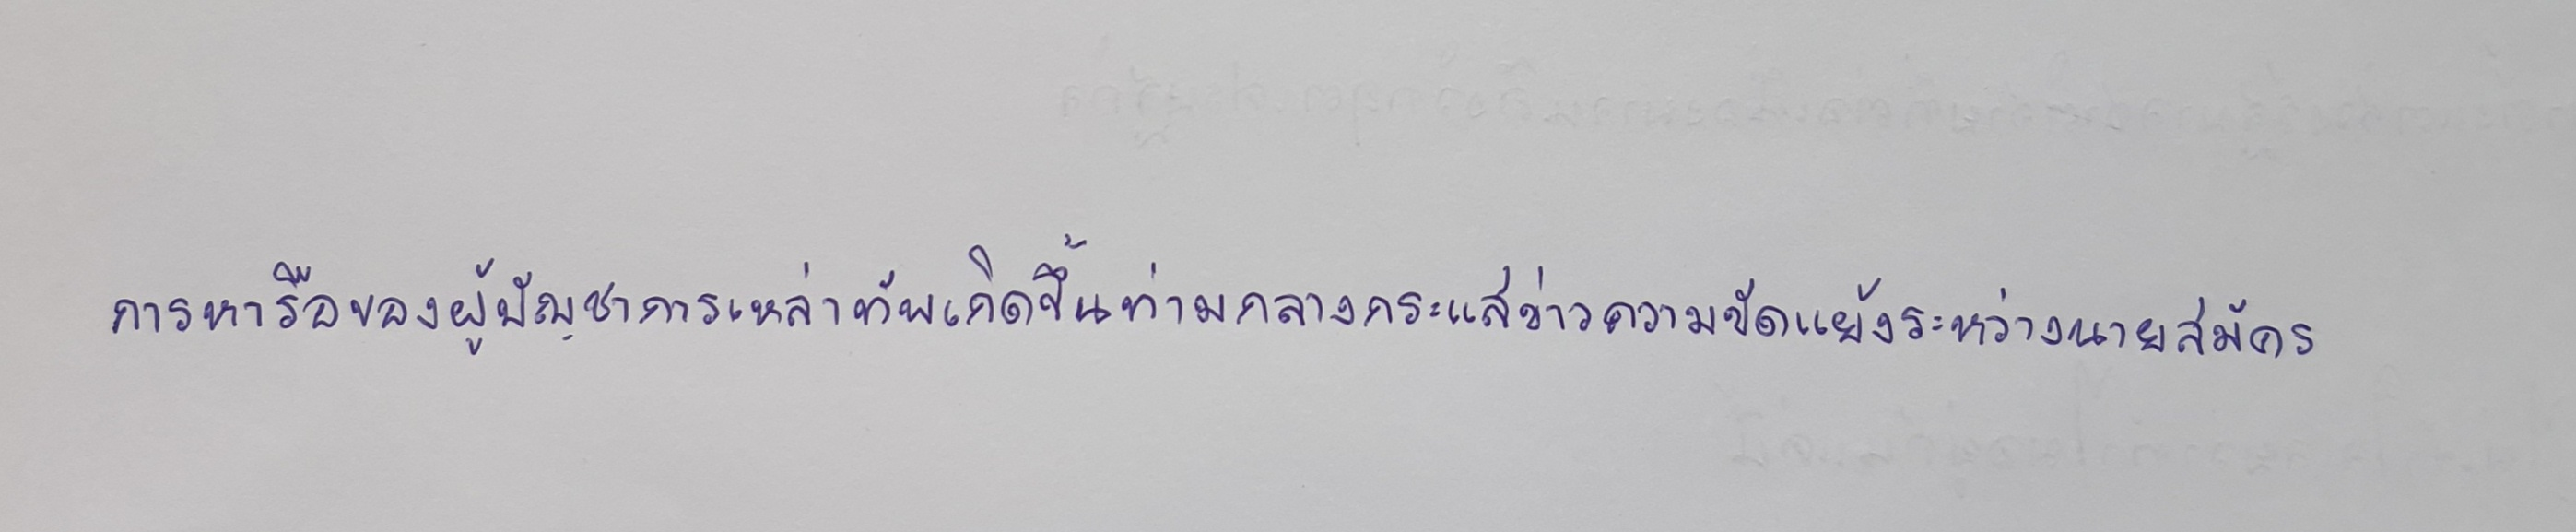
การหารือของผู้บัญชาการเหล่าทัพเกิดขึ้นท่ามกลางกระแสข่าวความขัดแย้งระหว่างนายสมัคร